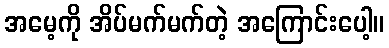
အမေ့ကို အိပ်မက်မက်တဲ့ အကြောင်းပေါ့။